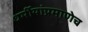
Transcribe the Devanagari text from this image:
धर्मीयांप्रमाणेच